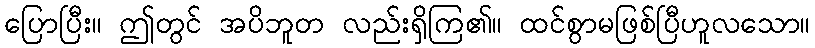
ပြောပြီး။ ဤတွင် အပိဘူတ လည်းရှိကြ၏။ ထင်စွာမဖြစ်ပြီဟူလသော။